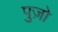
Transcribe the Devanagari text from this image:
पुज़ो